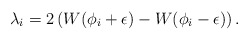
\begin{align*}\lambda_i=2 \left(W (\phi_i+\epsilon)-W (\phi_i-\epsilon)\right) .\end{align*}